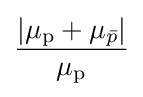
{\frac {\left|\mu _{\rm {p}}+\mu _{\bar {p}}\right|}{\mu _{\rm {p}}}}